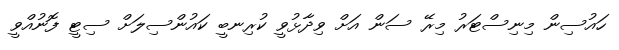
ހައުސިން މިނިސްޓަރު މިރޭ ސަން އަށް ވިދާޅުވީ ކުރިނބީ ކައުންސިލަށް ސިޓީ ފޮނުއްވީ